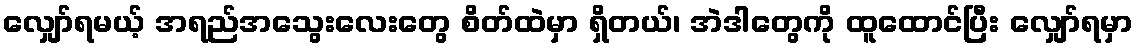
လျှော်ရမယ့် အရည်အသွေးလေးတွေ စိတ်ထဲမှာ ရှိတယ်၊ အဲဒါတွေကို ထူထောင်ပြီး လျှော်ရမှာ